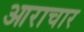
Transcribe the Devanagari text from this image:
आराचार